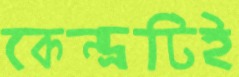
কেন্দ্রটিই